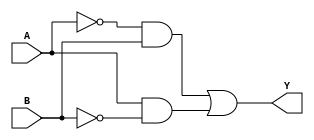
module XOR_gate (
    input A, B,
    output Y
);

wire INV_A, INV_B;

assign INV_A = ~A;
assign INV_B = ~B;

assign Y = (INV_A & B) | (A & INV_B);

endmodule